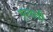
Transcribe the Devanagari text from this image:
पुरवावी